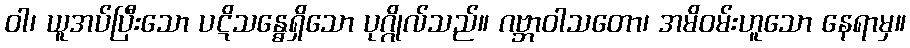
ဝါ၊ ယူအပ်ပြီးသော ပဋိသန္ဓေရှိသော ပုဂ္ဂိုလ်သည်။ ဂဗ္ဘာဝါသတော၊ အမိဝမ်းဟူသော နေရာမှ။